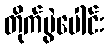
တိုက်ပွဲပေါင်း